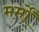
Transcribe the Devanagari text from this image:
मर्मों